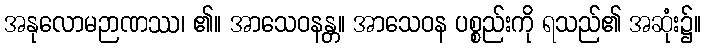
အနုလောမဉာဏဿ၊ ၏။ အာသေဝနန္တ။ အာသေဝန ပစ္စည်းကို ရသည်၏ အဆုံး၌။